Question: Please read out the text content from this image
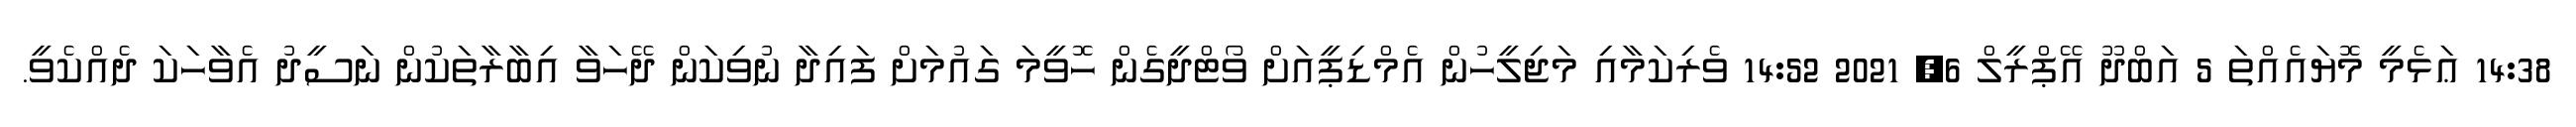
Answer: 14:38 ޢަޅެމީ މޮޔައެއްތަ 5 އަބްދޫ އޭޕްރީލް 6, 2021 14:52 ވެރިކަމާއި މަޖިލީހުން އެމްޑިޕީއަށް ވޯޓްދީގެން ހޮވީމަ ގައުމަށް ފައިދާ ނުވިކަން ދޭހަވާ އިބާރާތަކުން ނަސީދު އެވާހަކަ ދެއްކެވީ.